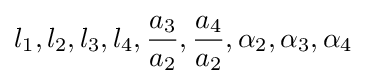
l_{1},l_{2},l_{3},l_{4},{\frac {a_{3}}{a_{2}}},{\frac {a_{4}}{a_{2}}},\alpha _{2},\alpha _{3},\alpha _{4}